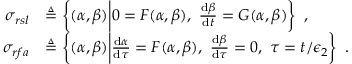
\begin{array} { r l } { \sigma _ { r s l } } & { \triangleq \left\{ ( \alpha , \beta ) \bigg | 0 = F ( \alpha , \beta ) , ~ \frac { \mathrm { d } \beta } { \mathrm { d } t } = G ( \alpha , \beta ) \right\} \ , } \\ { \sigma _ { r f a } } & { \triangleq \left\{ ( \alpha , \beta ) \bigg | \frac { \mathrm { d } \alpha } { \mathrm { d } \tau } = F ( \alpha , \beta ) , ~ \frac { \mathrm { d } \beta } { \mathrm { d } \tau } = 0 , ~ \tau = t / \epsilon _ { 2 } \right\} \ . } \end{array}